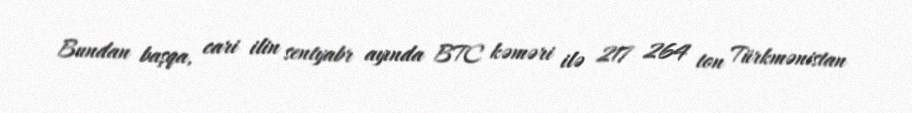
Bundan başqa, cari ilin sentyabr ayında BTC kəməri ilə 217 264 ton Türkmənistan